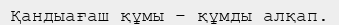
Қандыағаш құмы – құмды алқап.